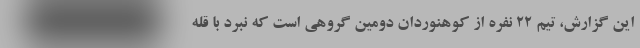
این گزارش، تیم ۲۲ نفره از کوهنوردان دومین گروهی است که نبرد با قله